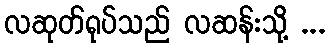
လဆုတ်ရုပ်သည် လဆန်းသို့ ...